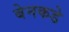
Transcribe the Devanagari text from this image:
बेनकडे